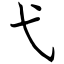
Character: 弋